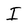
Character: I